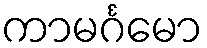
ကာမင်္ဂမော